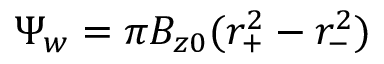
\Psi _ { w } = \pi B _ { z 0 } ( r _ { + } ^ { 2 } - r _ { - } ^ { 2 } )